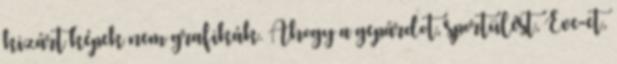
kizárt képek nem grafikák. Ahogy a gepárdot, sportülést, Eve-et,